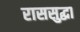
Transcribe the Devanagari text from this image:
राससुद्धा